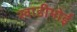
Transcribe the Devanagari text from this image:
खाडीभोई